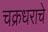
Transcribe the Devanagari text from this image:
चक्रधराचे